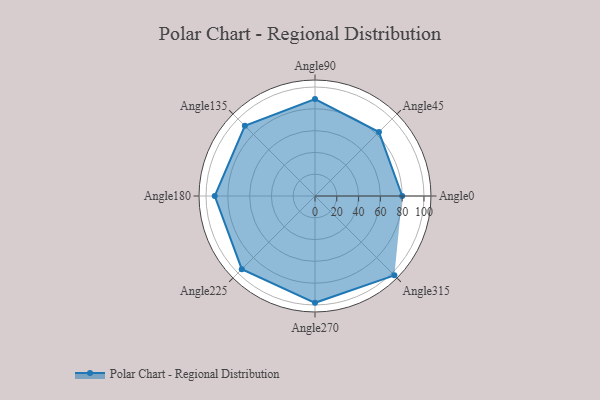
{"axis": {"x": "Angle", "y": "Radius"}, "legend": [""], "data": [{"x": "Angle0", "y": 80.0, "type": ""}, {"x": "Angle45", "y": 83.0, "type": ""}, {"x": "Angle90", "y": 89.0, "type": ""}, {"x": "Angle135", "y": 91.0, "type": ""}, {"x": "Angle180", "y": 92.0, "type": ""}, {"x": "Angle225", "y": 95.0, "type": ""}, {"x": "Angle270", "y": 98.0, "type": ""}, {"x": "Angle315", "y": 103.0, "type": ""}]}